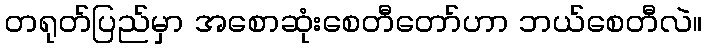
တရုတ်ပြည်မှာ အစောဆုံးစေတီတော်ဟာ ဘယ်စေတီလဲ။